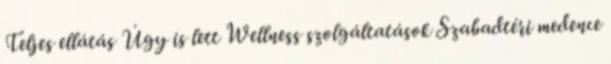
Teljes ellátás Úgy is lett Wellness szolgáltatások Szabadtéri medence